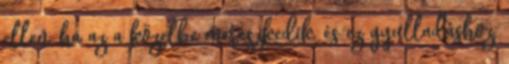
ellen, ha az a közelbe merészkedik, és ez gyulladáshoz,